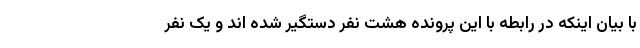
با بیان اینکه در رابطه با این پرونده هشت نفر دستگیر شده اند و یک نفر